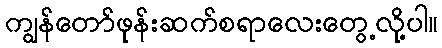
ကျွန်တော်ဖုန်းဆက်စရာလေးတွေ့လို့ပါ။